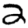
Digit: 2